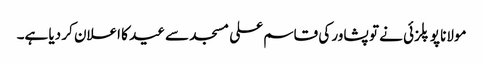
مولانا پوپلزئی نے تو پشاور کی قاسم علی مسجد سے عید کا اعلان کر دیا ہے۔